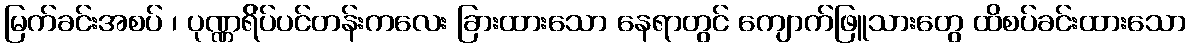
မြက်ခင်းအစပ် ၊ ပုဏ္ဏရ်ိပ်ပင်တန်းကလေး ခြားထားသော နေရာတွင် ကျောက်ဖြူသားတွေ ထိစပ်ခင်းထားသော